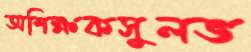
অশিক্ষকসুলভ